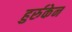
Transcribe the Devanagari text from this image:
हुर्रुकेन